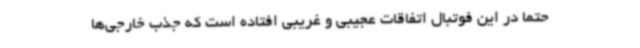
حتما در این فوتبال اتفاقات عجیبی و غریبی افتاده است که جذب خارجی‌ها